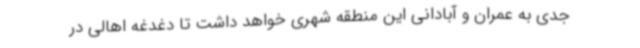
جدی به عمران و آبادانی این منطقه شهری خواهد داشت تا دغدغه اهالی در